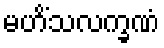
မဟိံသလက္ခဏံ